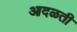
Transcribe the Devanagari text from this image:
आदळती